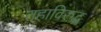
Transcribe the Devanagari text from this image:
तहाविरुद्ध